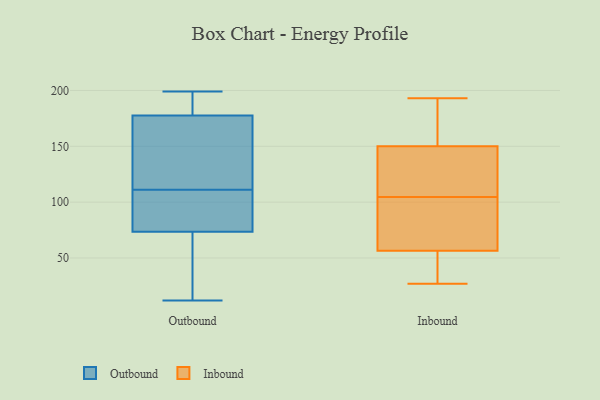
{"axis": {"x": "Website Visitors", "y": "Value"}, "legend": ["Inbound", "Outbound"], "data": [{"x": "", "y": 174, "type": "Outbound"}, {"x": "", "y": 84, "type": "Outbound"}, {"x": "", "y": 184, "type": "Outbound"}, {"x": "", "y": 115, "type": "Outbound"}, {"x": "", "y": 184, "type": "Outbound"}, {"x": "", "y": 97, "type": "Outbound"}, {"x": "", "y": 71, "type": "Outbound"}, {"x": "", "y": 162, "type": "Outbound"}, {"x": "", "y": 90, "type": "Outbound"}, {"x": "", "y": 13, "type": "Outbound"}, {"x": "", "y": 25, "type": "Outbound"}, {"x": "", "y": 76, "type": "Outbound"}, {"x": "", "y": 107, "type": "Outbound"}, {"x": "", "y": 54, "type": "Outbound"}, {"x": "", "y": 172, "type": "Outbound"}, {"x": "", "y": 12, "type": "Outbound"}, {"x": "", "y": 168, "type": "Outbound"}, {"x": "", "y": 199, "type": "Outbound"}, {"x": "", "y": 181, "type": "Outbound"}, {"x": "", "y": 193, "type": "Outbound"}, {"x": "", "y": 107, "type": "Inbound"}, {"x": "", "y": 193, "type": "Inbound"}, {"x": "", "y": 27, "type": "Inbound"}, {"x": "", "y": 166, "type": "Inbound"}, {"x": "", "y": 66, "type": "Inbound"}, {"x": "", "y": 192, "type": "Inbound"}, {"x": "", "y": 52, "type": "Inbound"}, {"x": "", "y": 146, "type": "Inbound"}, {"x": "", "y": 102, "type": "Inbound"}, {"x": "", "y": 31, "type": "Inbound"}, {"x": "", "y": 56, "type": "Inbound"}, {"x": "", "y": 126, "type": "Inbound"}, {"x": "", "y": 154, "type": "Inbound"}, {"x": "", "y": 57, "type": "Inbound"}, {"x": "", "y": 81, "type": "Inbound"}, {"x": "", "y": 117, "type": "Inbound"}]}